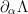
LaTeX: \begin{align*}\partial_{\alpha } \Lambda\end{align*}